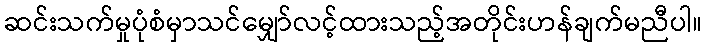
ဆင်းသက်မှုပုံစံမှာသင်မျှော်လင့်ထားသည့်အတိုင်းဟန်ချက်မညီပါ။